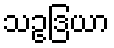
သဥဒြယာ